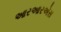
આરઆરએસ